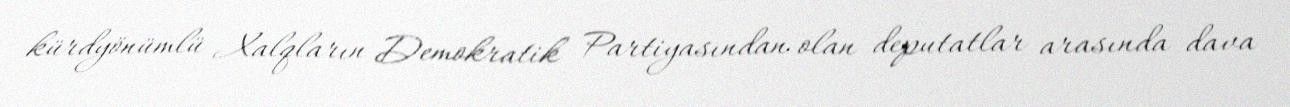
kürdyönümlü Xalqların Demokratik Partiyasından olan deputatlar arasında dava